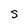
Character: S